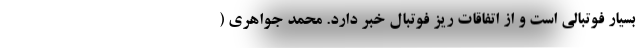
بسیار فوتبالی است و از اتفاقات ریز فوتبال خبر دارد. محمد جواهری (